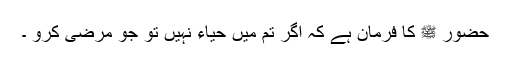
حضور ﷺ کا فرمان ہے کہ اگر تم میں حیاء نہیں تو جو مرضی کرو ۔